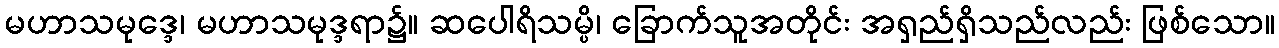
မဟာသမုဒ္ဒေ၊ မဟာသမုဒ္ဒရာ၌။ ဆပေါရိသမ္ပိ၊ ခြောက်သူအတိုင်း အရှည်ရှိသည်လည်း ဖြစ်သော။